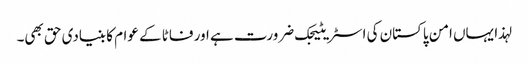
لہذا یہاں امن پاکستان کی اسٹریٹیجک ضرورت ہے اور فاٹا کے عوام کا بنیادی حق بھی۔